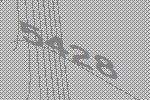
5428